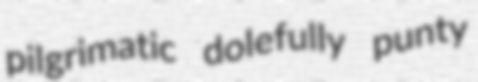
pilgrimatic dolefully punty